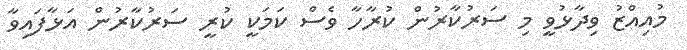
މުއިއްޒު ވިދާޅުވީ މި ސަރުކާރުން ކުރާހާ ވެސް ކަމަކީ ކުރީ ސަރުކާރުން އަޅާފައިވާ